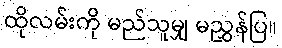
ထိုလမ်းကို မည်သူမျှ မညွှန်ပြ။